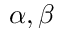
\alpha , \beta